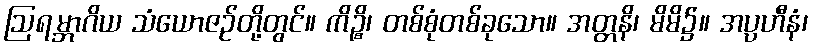
ဩရမ္ဘာဂိယ သံယောဇဉ်တို့တွင်။ ကိဉ္စိ၊ တစ်စုံတစ်ခုသော။ အတ္တနိ၊ မိမိ၌။ အပ္ပဟီနံ၊